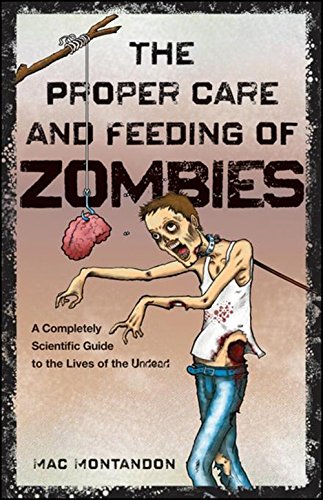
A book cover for The Proper Care and Feeding of Zombies: A Completely Scientific Guide to the Lives of the Undead; Mac Montandon; Humor & Entertainment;